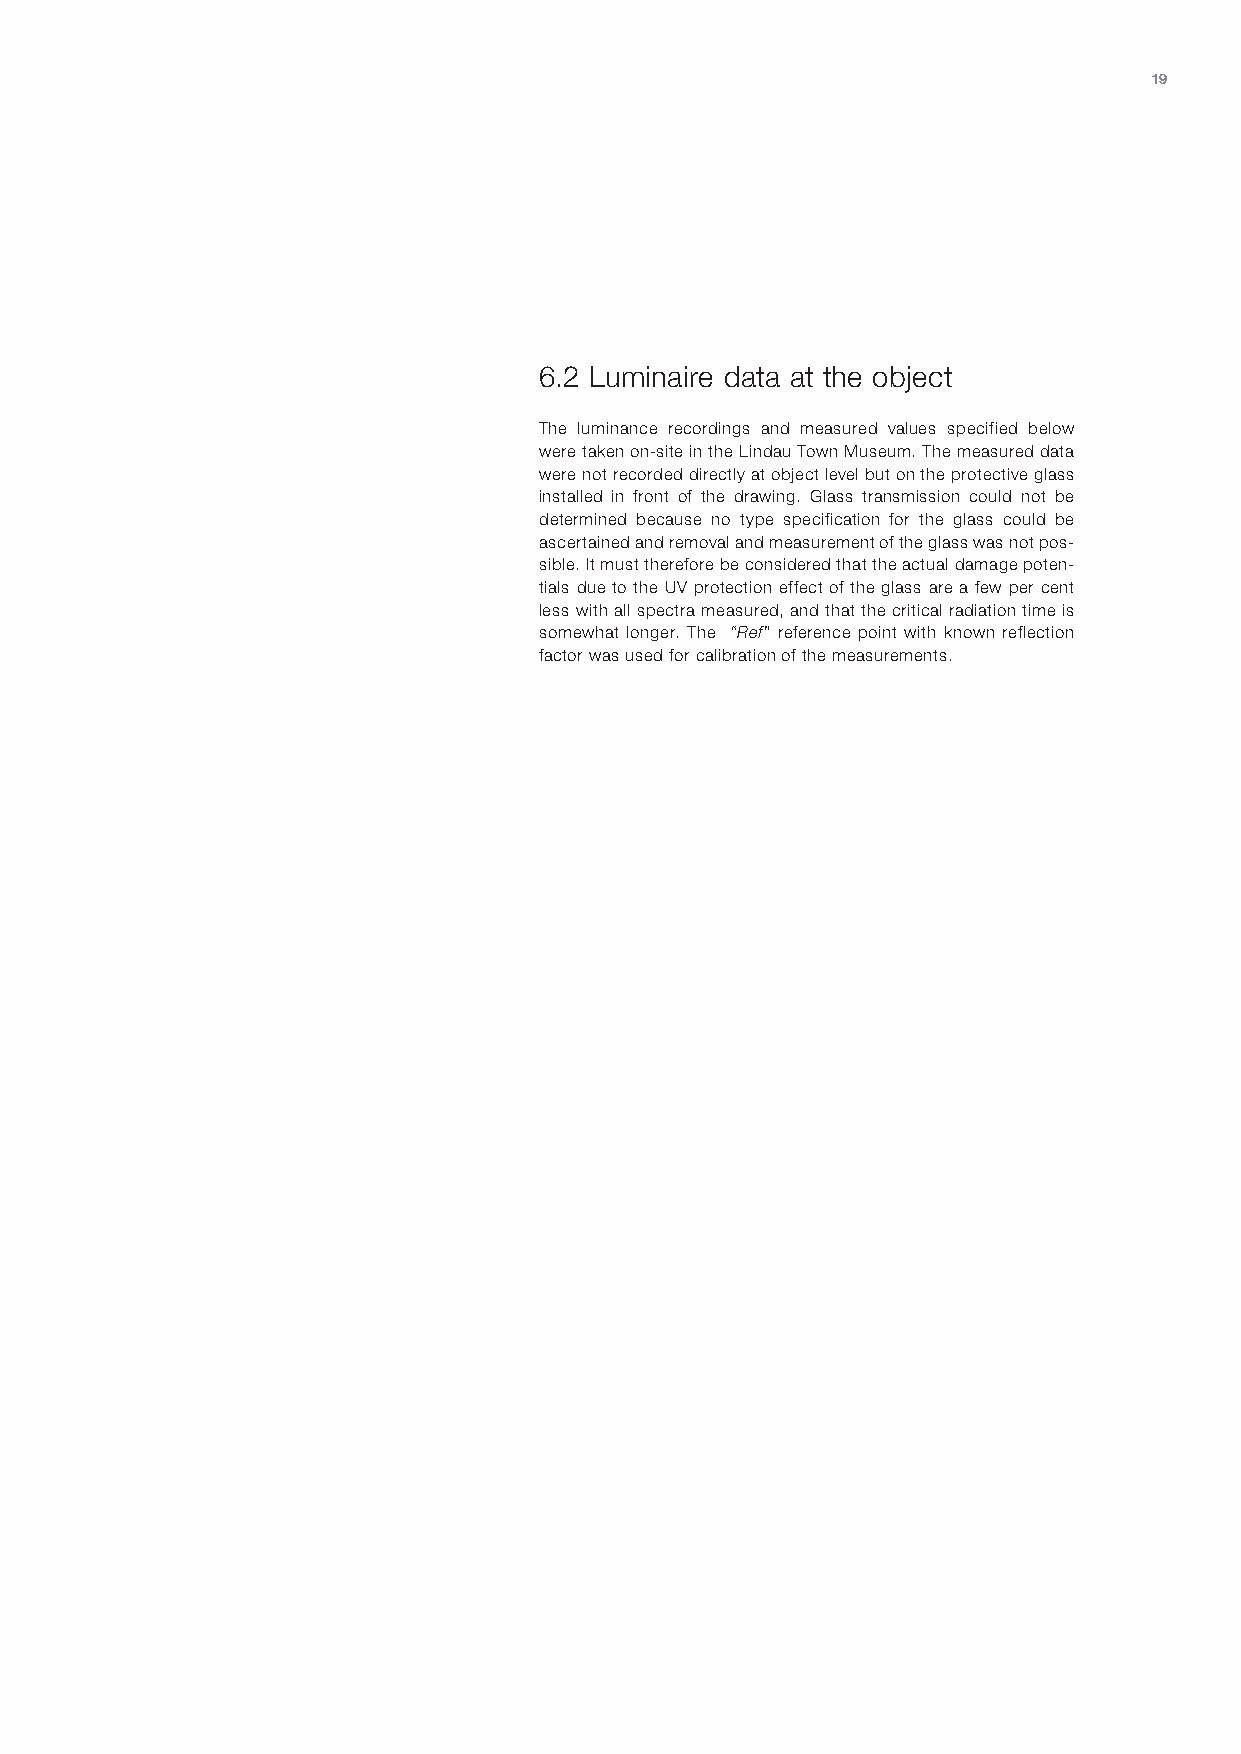
19
 6.2 Luminaire data at the object
 The luminance recordings and measured values specified below
 were taken on-site in the Lindau Town Museum. The measured data
 were not recorded directly at object level but on the protective glass
 installed in front of the drawing. Glass transmission could not be
 determined because no type specification for the glass could be
 ascertained and removal and measurement of the glass was not pos-
 sible. It must therefore be considered that the actual damage poten-
 tials due to the UV protection effect of the glass are a few per cent
 less with all spectra measured, and that the critical radiation time is
 somewhat longer. The “Ref” reference point with known reflection
 factor was used for calibration of the measurements.